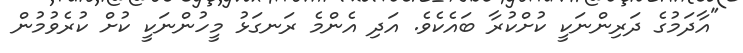
"އާދަމުގެ ދަރިންނަކީ ކުށްކުރާ ބައެކެވެ. އަދި އެންމެ ރަނގަޅު މީހުންނަކީ ކުށް ކުރެވުމުން